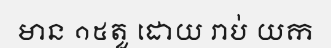
មាន ១៥តួ ដោយ រាប់ យក